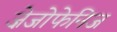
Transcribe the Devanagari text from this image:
ज़ेजोफेनिज